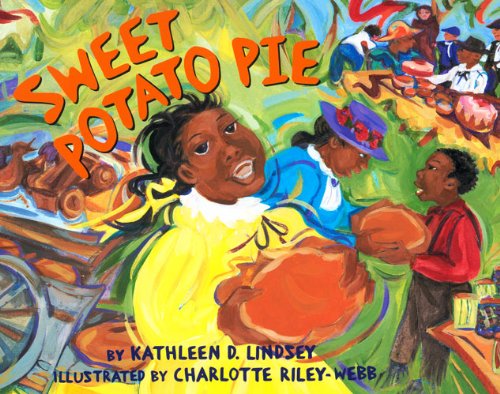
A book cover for Sweet Potato Pie; Kathleen D. Lindsay; Cookbooks, Food & Wine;